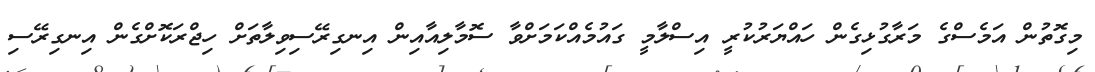
މިގޮތުން އަމެސްގެ މަރާގުޅިގެން ހައްޔަރުކުރީ އިސްލާމީ ގައުމެއްކަމަށްވާ ސޮމާލިއާއިން އިނގިރޭސިވިލާތަށް ހިޖްރަކޮށްގެން އިނގިރޭސި